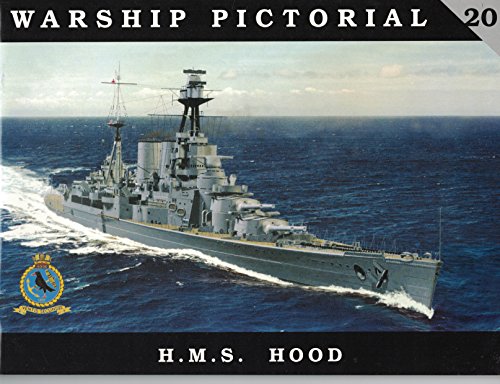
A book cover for Warship Pictorial No. 20 - H.M.S. Hood Battle Cruiser; Steve Wiper; Arts & Photography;